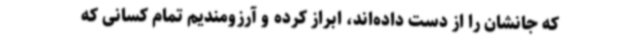
که جانشان را از دست داده‌اند، ابراز کرده و آرزومندیم تمام کسانی که